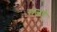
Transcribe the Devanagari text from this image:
राजचे